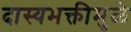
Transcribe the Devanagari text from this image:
दास्यभक्तीमुळे